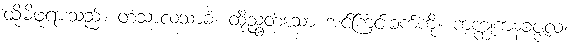
ထိုမိဖုရားသည်။ တံသာလသာခံ၊ ထိုညွတ်သော အင်ကြင်းခက်ကို။ ကက္ကုကနခဇ္ဇလံ၊